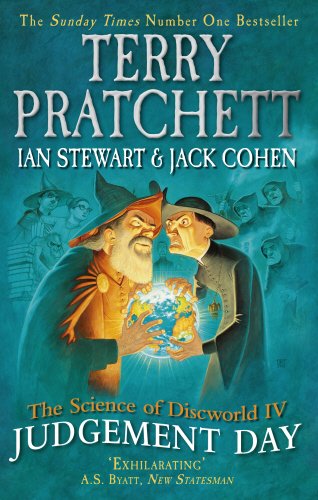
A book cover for The Science of Discworld IV: Judgement Day; Terry Pratchett; Reference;